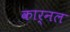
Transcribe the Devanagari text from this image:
कार्नल